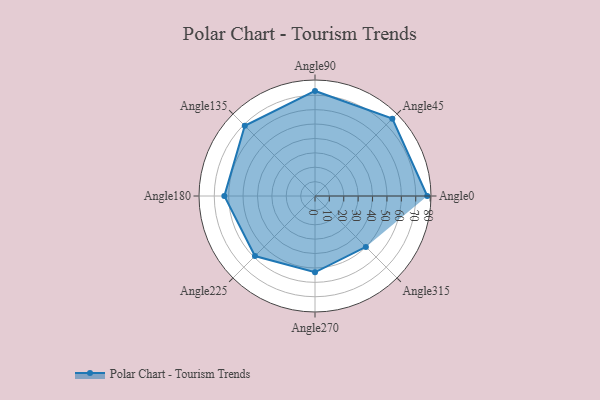
{"axis": {"x": "Angle", "y": "Radius"}, "legend": [""], "data": [{"x": "Angle0", "y": 78.0, "type": ""}, {"x": "Angle45", "y": 76.0, "type": ""}, {"x": "Angle90", "y": 73.0, "type": ""}, {"x": "Angle135", "y": 69.0, "type": ""}, {"x": "Angle180", "y": 63.0, "type": ""}, {"x": "Angle225", "y": 59.0, "type": ""}, {"x": "Angle270", "y": 53.0, "type": ""}, {"x": "Angle315", "y": 50, "type": ""}]}